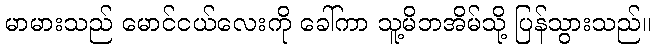
မာမားသည် မောင်ငယ်လေးကို ခေါ်ကာ သူ့မိဘအိမ်သို့ ပြန်သွားသည်။